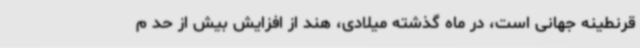
قرنطینه جهانی است، در ماه گذشته میلادی، هند از افزایش بیش از حد م